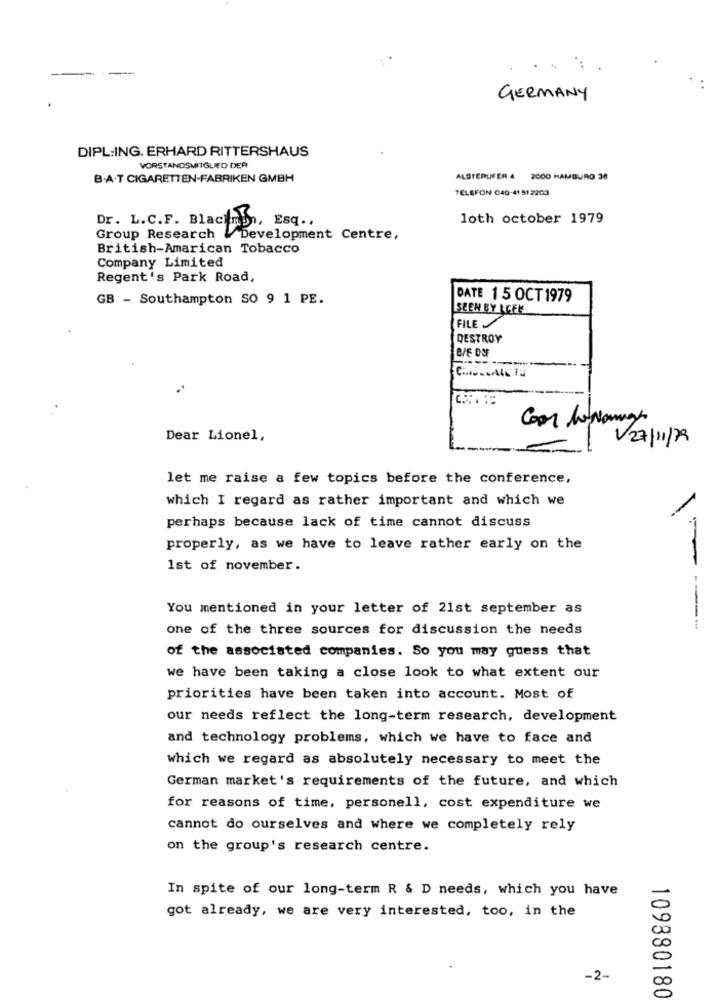
GERMANY
DIPL:ING. ERHARD RITTERSHAUS
VORSTANDSMITGLIED DER
B.A.T CIGARETTEN-FABRIKEN GMBH
ALSTERUFER 4 2000 HAMBURO 30
TELEFON 040-41 51 2203
Dr. L.C.F. Blacinb .,
Esq ..
loth october 1979
Group Research
Development Centre,
British-Amarican Tobacco
Company Limited
Regent's Park Road,
GB - Southampton SO 9 1 PE.
DATE 1 5 OCT 1979
SEEN BY LCFL
FILE
DESTROY
B/F OOF
Coor lewang
Dear Lionel,
V27/11/29
let me raise a few topics before the conference,
which I regard as rather important and which we
perhaps because lack of time cannot discuss
properly, as we have to leave rather early on the
1st of november.
You mentioned in your letter of 21st september as
one of the three sources for discussion the needs
of the associated companies. So you may guess that
we have been taking a close look to what extent our
priorities have been taken into account. Most of
our needs reflect the long-term research, development
and technology problems, which we have to face and
which we regard as absolutely necessary to meet the
German market's requirements of the future, and which
for reasons of time, personell, cost expenditure we
cannot do ourselves and where we completely rely
on the group's research centre.
In spite of our long-term R & D needs, which you have
got already, we are very interested, too, in the
-2-
109880180